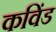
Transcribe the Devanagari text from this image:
कविंड